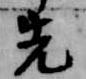
先